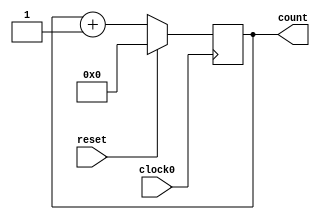
// This program was cloned from: https://github.com/tangxifan/micro_benchmark
// License: MIT License

/////////////////////////////////////////
//  Functionality: 16 bit up counter 
////////////////////////////////////////

module counterup16_1clk_posedge_sync_resetp(clock0, reset, count);

	input clock0, reset;
	output [15:0] count;
	reg [15:0] count;

	initial begin
      	  count <= 0;
    	end                                      

	always @ (posedge clock0) begin
		if (reset == 1'b1) begin
			count <= 0;
		end 
		else begin
			count <= count + 1;
		end
	end

endmodule